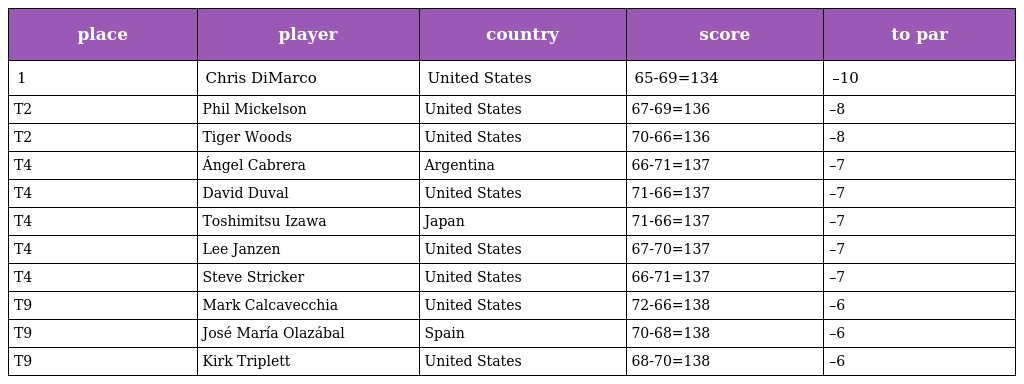
| place | player | country | score | to par |
 | --- | --- | --- | --- | --- |
 | 1 | Chris DiMarco | United States | 65-69=134 | –10 |
 | T2 | Phil Mickelson | United States | 67-69=136 | –8 |
 | T2 | Tiger Woods | United States | 70-66=136 | –8 |
 | T4 | Ángel Cabrera | Argentina | 66-71=137 | –7 |
 | T4 | David Duval | United States | 71-66=137 | –7 |
 | T4 | Toshimitsu Izawa | Japan | 71-66=137 | –7 |
 | T4 | Lee Janzen | United States | 67-70=137 | –7 |
 | T4 | Steve Stricker | United States | 66-71=137 | –7 |
 | T9 | Mark Calcavecchia | United States | 72-66=138 | –6 |
 | T9 | José María Olazábal | Spain | 70-68=138 | –6 |
 | T9 | Kirk Triplett | United States | 68-70=138 | –6 |